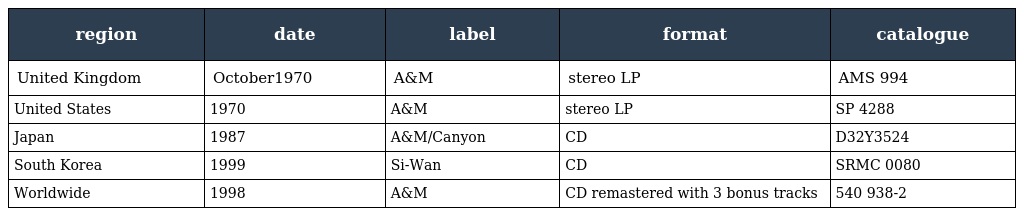
| region | date | label | format | catalogue |
 | --- | --- | --- | --- | --- |
 | United Kingdom | October1970 | A&M | stereo LP | AMS 994 |
 | United States | 1970 | A&M | stereo LP | SP 4288 |
 | Japan | 1987 | A&M/Canyon | CD | D32Y3524 |
 | South Korea | 1999 | Si-Wan | CD | SRMC 0080 |
 | Worldwide | 1998 | A&M | CD remastered with 3 bonus tracks | 540 938-2 |